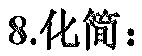
8.化简：